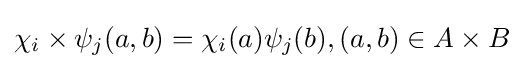
\chi _{i}\times \psi _{j}(a,b)=\chi _{i}(a)\psi _{j}(b),(a,b)\in A\times B